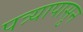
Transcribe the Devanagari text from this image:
पत्र्यापासुन